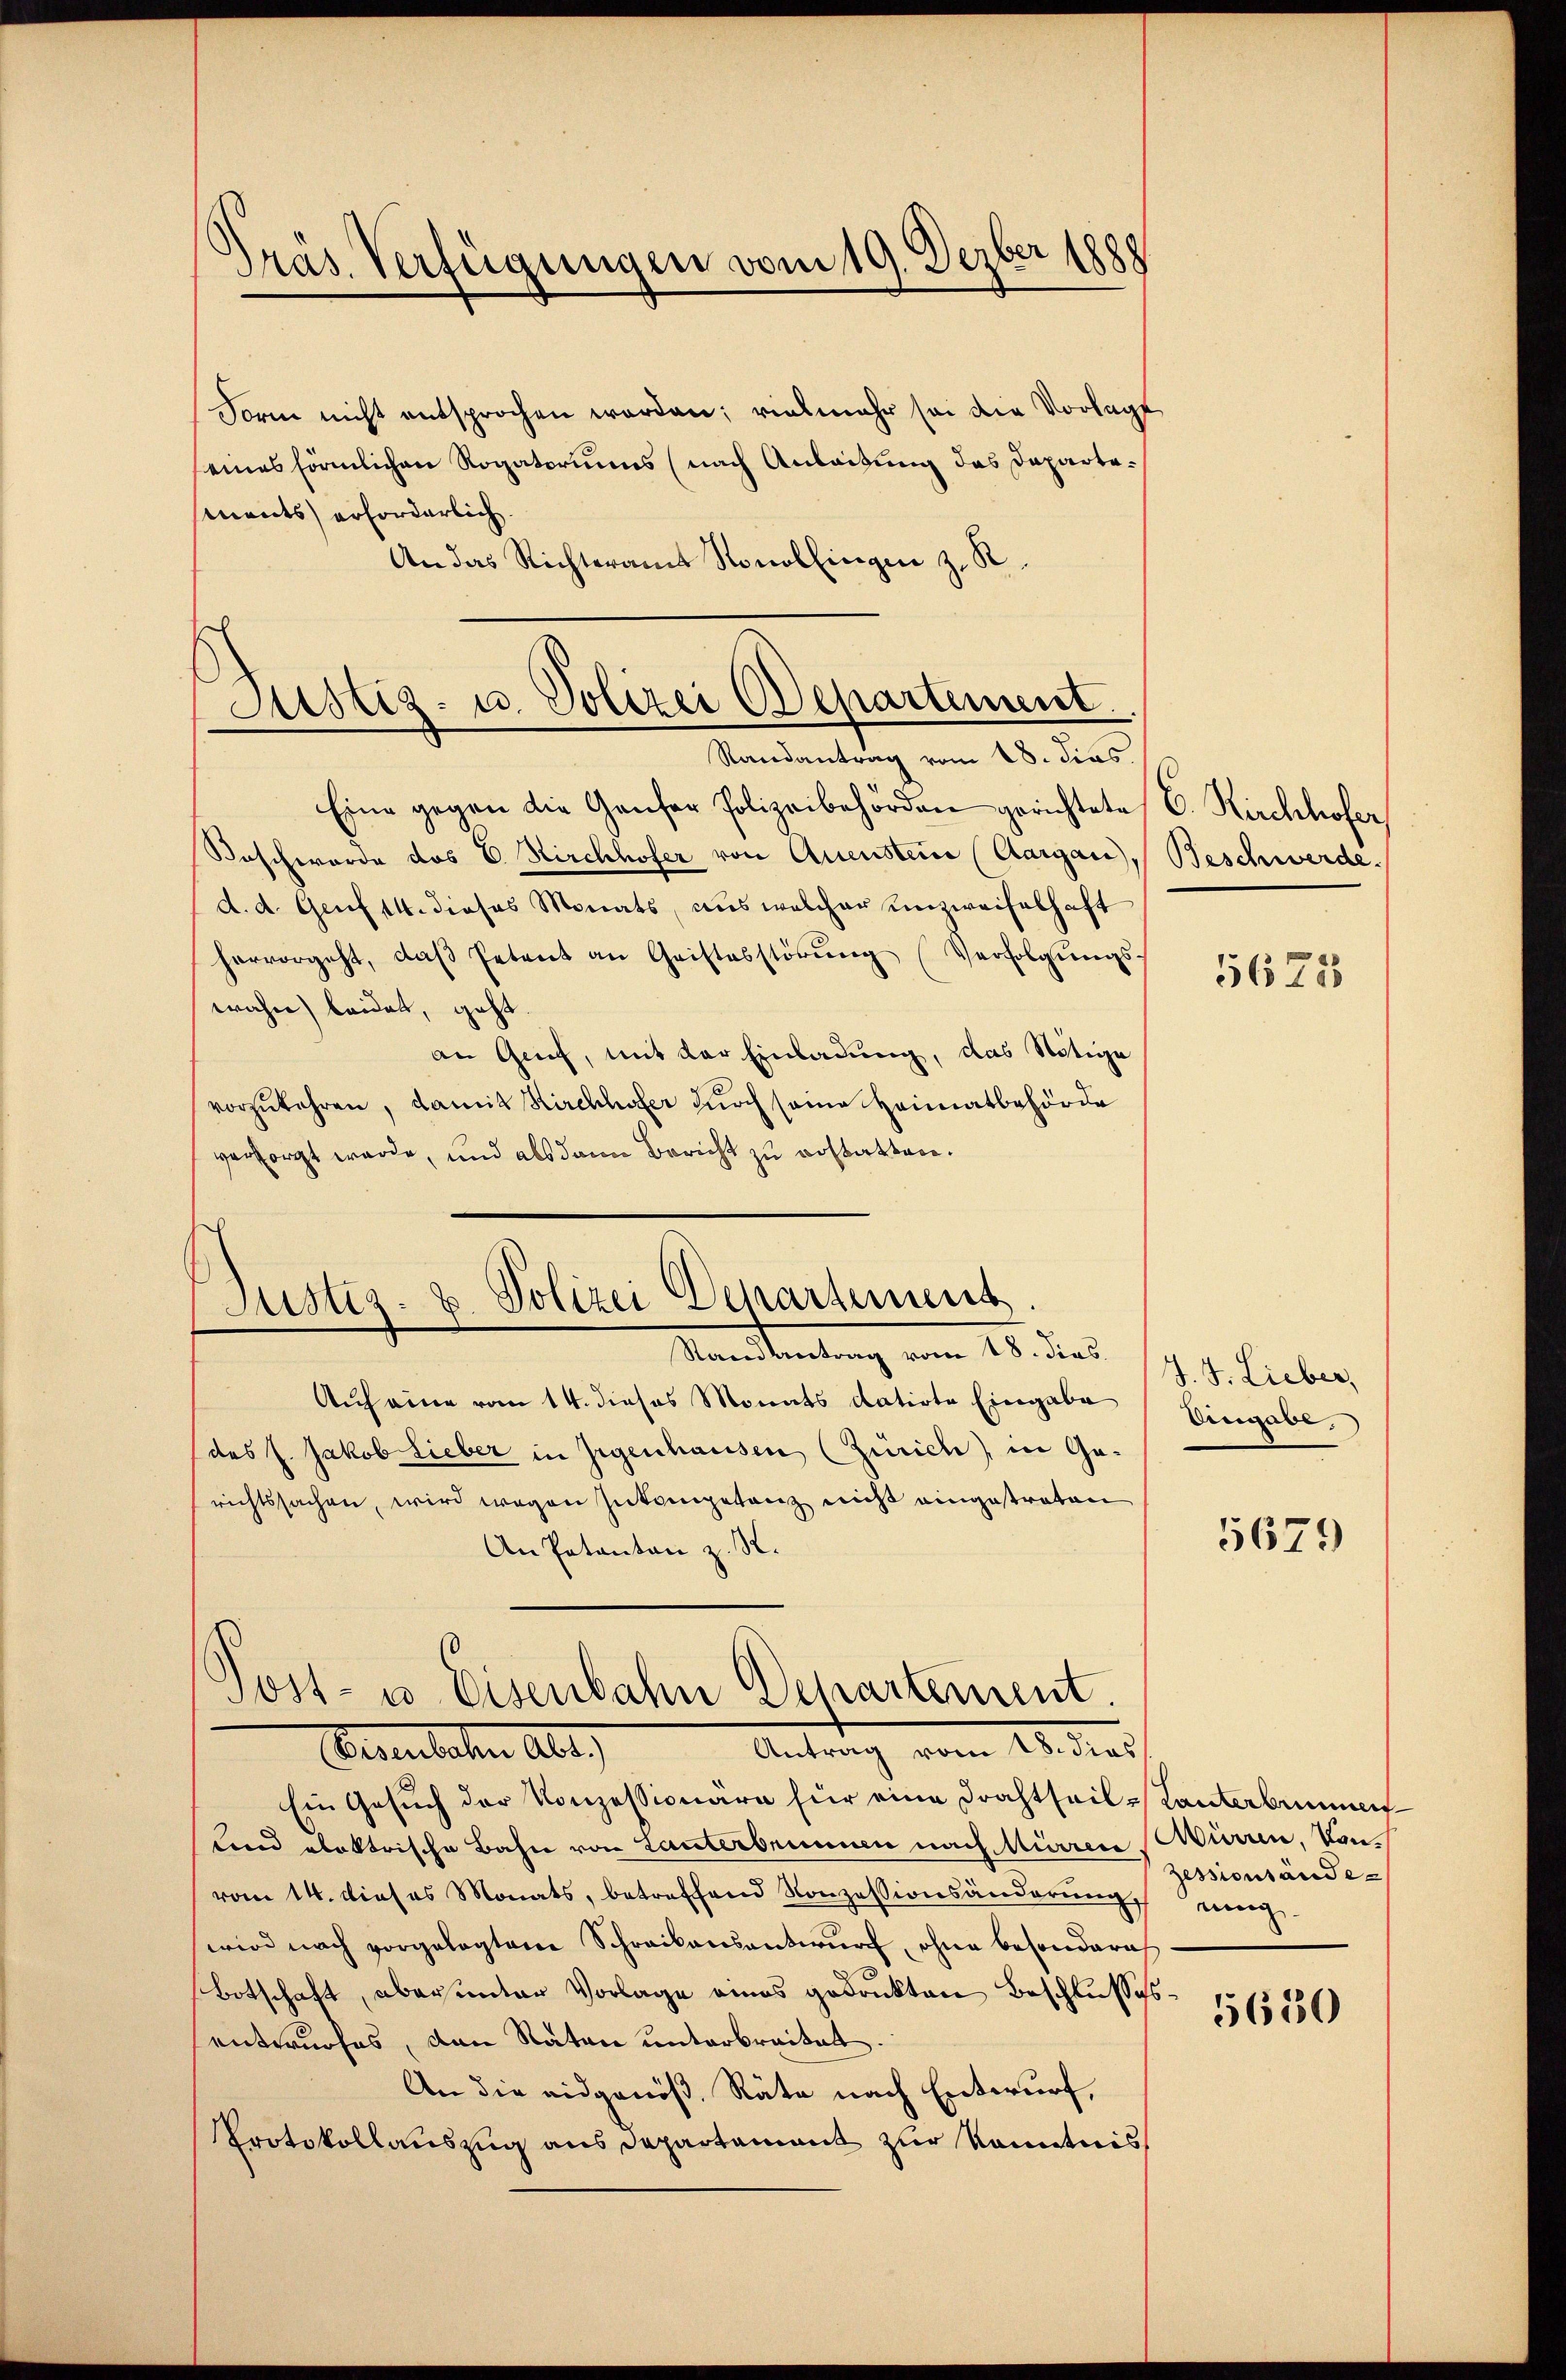
d
räs. Verfügungen vom 19. Dezber 1888

Form nicht entsprochen worden; vielmehr sei die Vorlage
seines förmlichen Rogatoriums (nach Anlaßung das Dapartemnents) erforderlich.
An das Richteramt Ronollingen z. R.

Justiz- u. Polizei Departement
Randantrag vom 18. dies

Eine gegen die Genfer Polizeibehörden gerichtete (C. Kirchhofer
Beschworde des E. Kirchhofer von Quenstein (Aargau, Beschwerde.
d. d. Genf 14. dieses Monats, aus welcher unzweifelhaft
hervorgeht, daβ Petent an Gristesstörŭng (Verfolgŭngs-
wahre) beidet, geht.
an Genf, mit der Einladung, das Nötige
vorzukehren, damit Kirchhofer durch seine Heimatbehörde
versorgt werde, und als dann Bericht zu restatten.

Justiz- u. Polizei Departement
Standsantrag vom 18. dies.

Auf eine vom 14. dieses Monats datirte Eingabe
(des J. Jakob Lieber in Gegenhausen (Zürich) in Garichtssachen, wird wegen Inkompetenz nicht eingestraten
An Patanton z. S.
Antrag vom 18. dies
Eisenbachen Art.
Ein Gesuch der Konzessionare für eine Drachtheil¬
Lnd obektrische Bahn von Lanterbrunnen nach Mürren
vom 14. dieses Monats, betreffend Konzessionsänderŭng
wird nach vorgelegten Schreibensantwŭrf ohne besondere
Botschaft, aber unter Vorlage eines gedrukten Beschlusse
entwurfes, den Raten unterbreitet.
An die eidgenöß. Räte nach Entwurf,
Protokollauszug aus Departament zur Kenntnis

.
Post- u. Eisenbahn Departement.

5625

J. J. Lieber,
Eingabe.

5679

Lanterbummer
Mürren, Von¬
Zessionsände
ning

5650